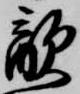
敵